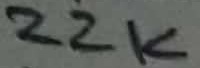
Text: 22K